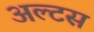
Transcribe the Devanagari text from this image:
अल्टस